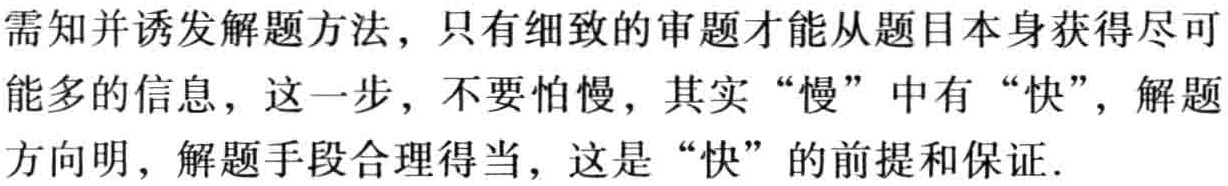
需知并诱发解题方法，只有细致的审题才能从题目本身获得尽可能多的信息，这一步，不要怕慢，其实“慢”中有“快”，解题方向明，解题手段合理得当，这是“快”的前提和保证.